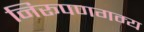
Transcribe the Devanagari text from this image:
निरूपणगम्य